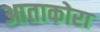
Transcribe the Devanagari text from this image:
आताकोरा